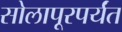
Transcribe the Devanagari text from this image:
सोलापूरपर्यंत